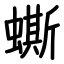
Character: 蟖